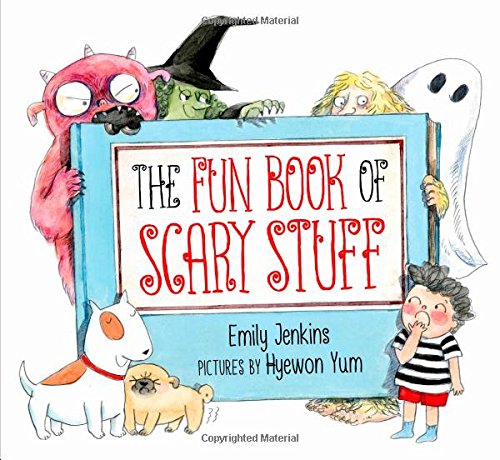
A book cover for The Fun Book of Scary Stuff; Emily Jenkins; Children's Books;